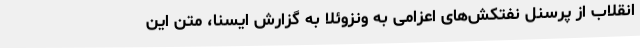
انقلاب از پرسنل نفتکش‌های اعزامی به ونزوئلا به گزارش ایسنا، متن این